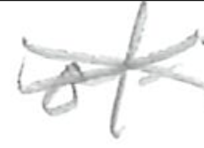
Text: of
Cross-out: cross
Writing tool: pencil